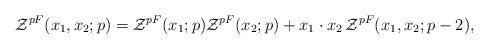
LaTeX: \begin{align*}{\cal Z}^{pF}(x_1,x_2;p)={\cal Z}^{pF}(x_1;p){\cal Z}^{pF}(x_2;p)+x_1\cdot x_2 \,{\cal Z}^{pF}(x_1,x_2;p-2),\end{align*}